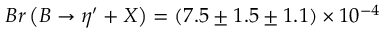
B r \left( B \rightarrow \eta ^ { \prime } + X \right) = ( 7 . 5 \pm 1 . 5 \pm 1 . 1 ) \times 1 0 ^ { - 4 }